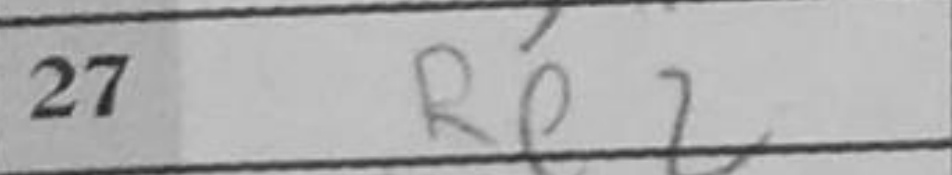
Transcription: Re2